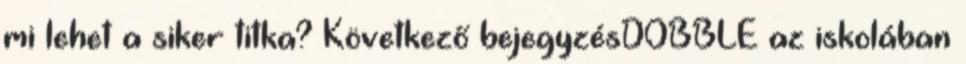
mi lehet a siker titka? Következő bejegyzésDOBBLE az iskolában